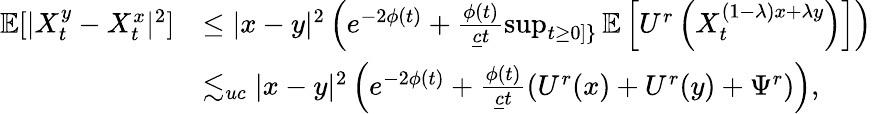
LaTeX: \begin{array}{rl}{\mathbb{E}[|X_{t}^{y}-X_{t}^{x}|^{2}]}&{\le|x-y|^{2}\left(e^{-2\phi(t)}+\frac{\phi(t)}{\underline{{c}}t}\operatorname*{sup}_{t\ge 0]\} }\mathbb{E}\left[U^{r}\left(X_{t}^{(1-\lambda)x+\lambda y}\right)\right]\right)}\\ &{\lesssim_{uc}|x-y|^{2}\left(e^{-2\phi(t)}+\frac{\phi(t)}{\underline{{c}}t}(U^{r}(x)+U^{r}(y)+\Psi^{r})\right),}\end{array}